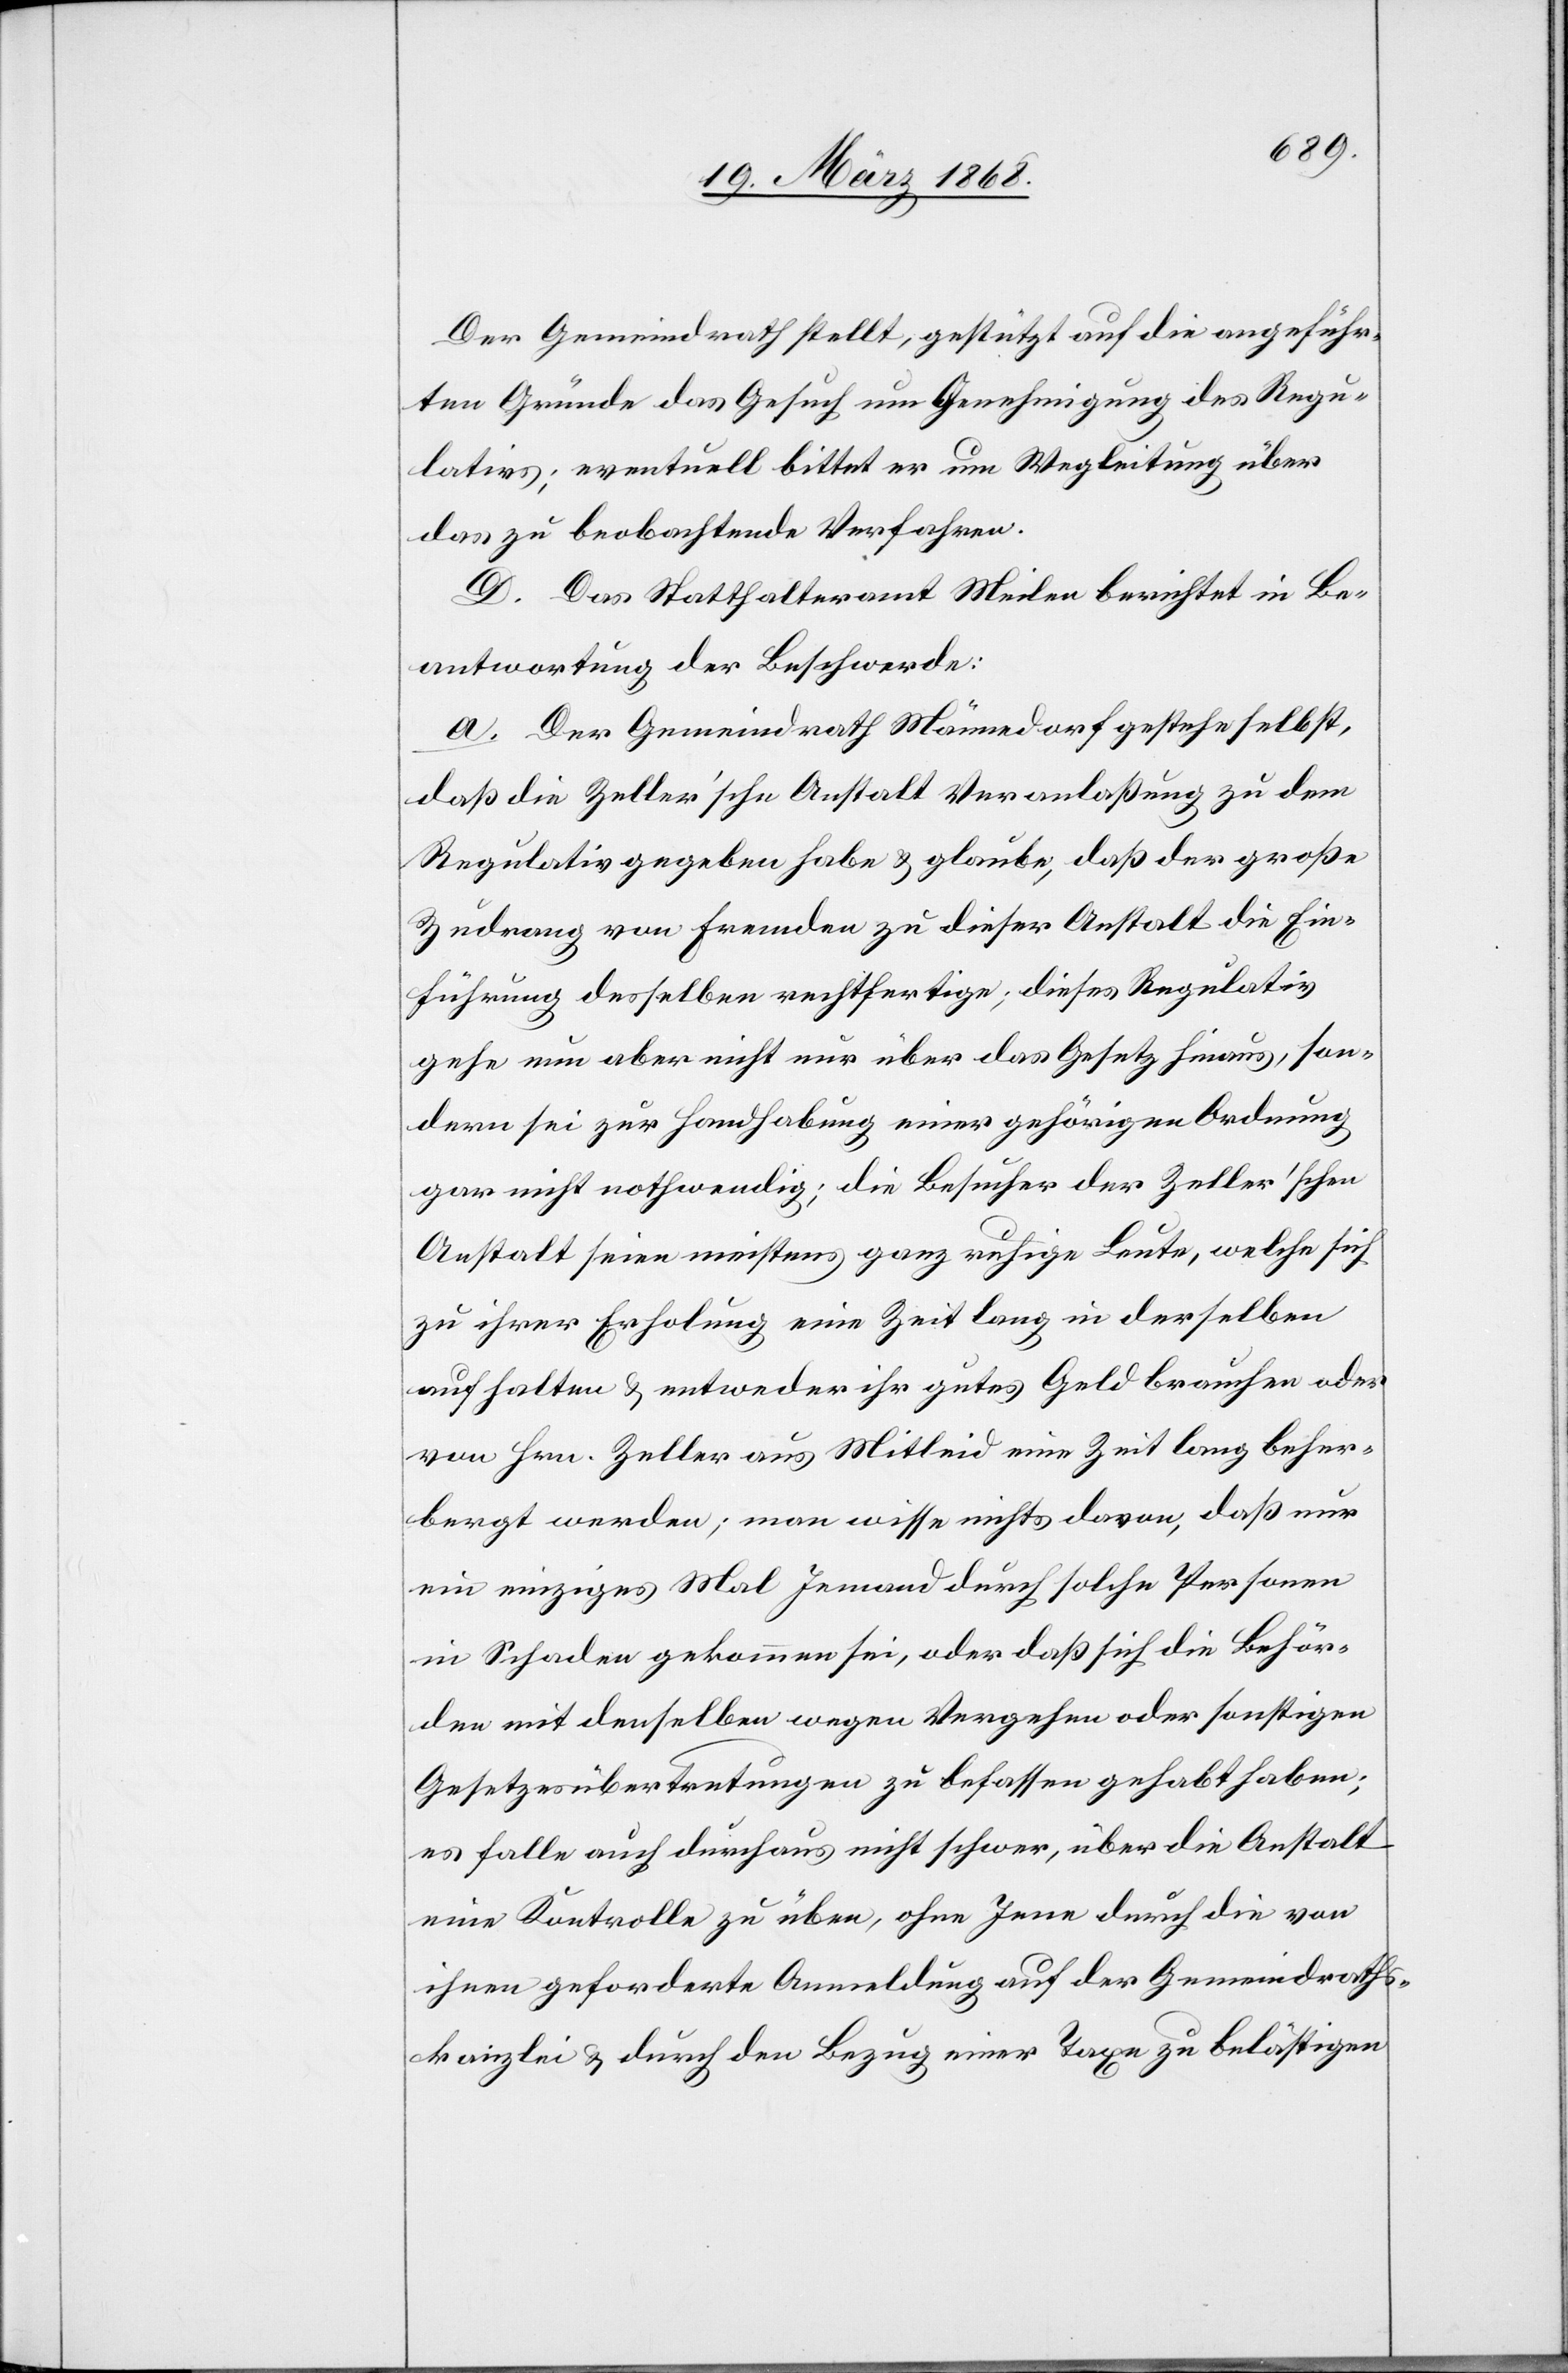
Der Gemeindrath stellt, gestützt auf die angeführ¬
ten Gründe das Gesuch um Genehmigung des Regu¬
lativs; eventuell bittet er um Wegleitung über
das zu beobachtende Verfahren.
D. Das Statthalteramt Meilen berichtet in Be¬
antwortung der Beschwerde:
a. Der Gemeindrath Männedorf gestehe selbst,
daß die Zeller’sche Anstalt Veranlaßung zu dem
Regulativ gegeben habe & glaube, daß der große
Zudrang von Fremden zu dieser Anstalt die Ein¬
führung desselben rechtfertige; dieses Regulativ
gehe nun aber nicht nur über das Gesetz hinaus, son¬
dern sei zur Handhabung einer gehörigen Ordnung
gar nicht nothwendig; die Besucher der Zeller’schen
Anstalt seien meistens ganz ruhige Leute, welche sich
zu ihrer Erholung eine Zeit lang in derselben
aufhalten & entweder ihr gutes Geld brauchen oder
von Hrn. Zeller aus Mitleid eine Zeit lang beher¬
bergt werden; man wisse nichts davon, daß nur
ein einziges Mal Jemand durch solche Personen
in Schaden gekommen sei, oder daß sich die Behör¬
den mit denselben wegen Vergehen oder sonstigen
Gesetzesübertretungen zu befassen gehabt haben;
es falle auch durchaus nicht schwer, über die Anstalt
eine Kontrolle zu üben, ohne Jene durch die von
ihnen geforderte Anmeldung auf der Gemeindraths¬
kanzlei & durch den Bezug einer Taxe zu belästigen